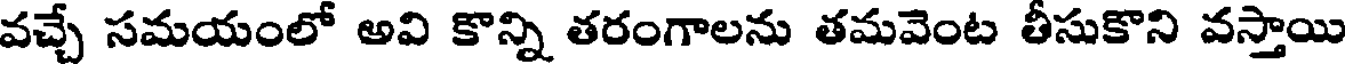
వచ్చే సమయంలో అవి కొన్ని తరంగాలను తమవెంట తీసుకొని వస్తాయి